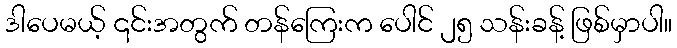
ဒါပေမယ့် ၎င်းအတွက် တန်ကြေးက ပေါင် ၂၅ သန်းခန့် ဖြစ်မှာပါ။